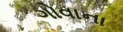
ગોવાના